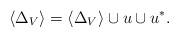
LaTeX: \begin{align*}\langle \Delta_V\rangle=\langle \Delta_V\rangle \cup u\cup u^\ast.\end{align*}